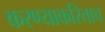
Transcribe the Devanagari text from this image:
करण्याकरिताच